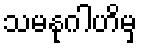
သမနုဂါဟိမှ